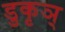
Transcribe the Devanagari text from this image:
डुकृञ्